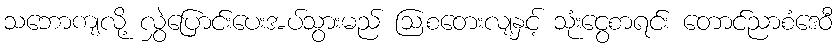
သဘောကျလို့ လွှဲပြောင်းပေးအပ်သွားမည် ဩစတေးလျနှင့် သုံးငွေစာရင်း တောင်ညာစံဒေဝီ